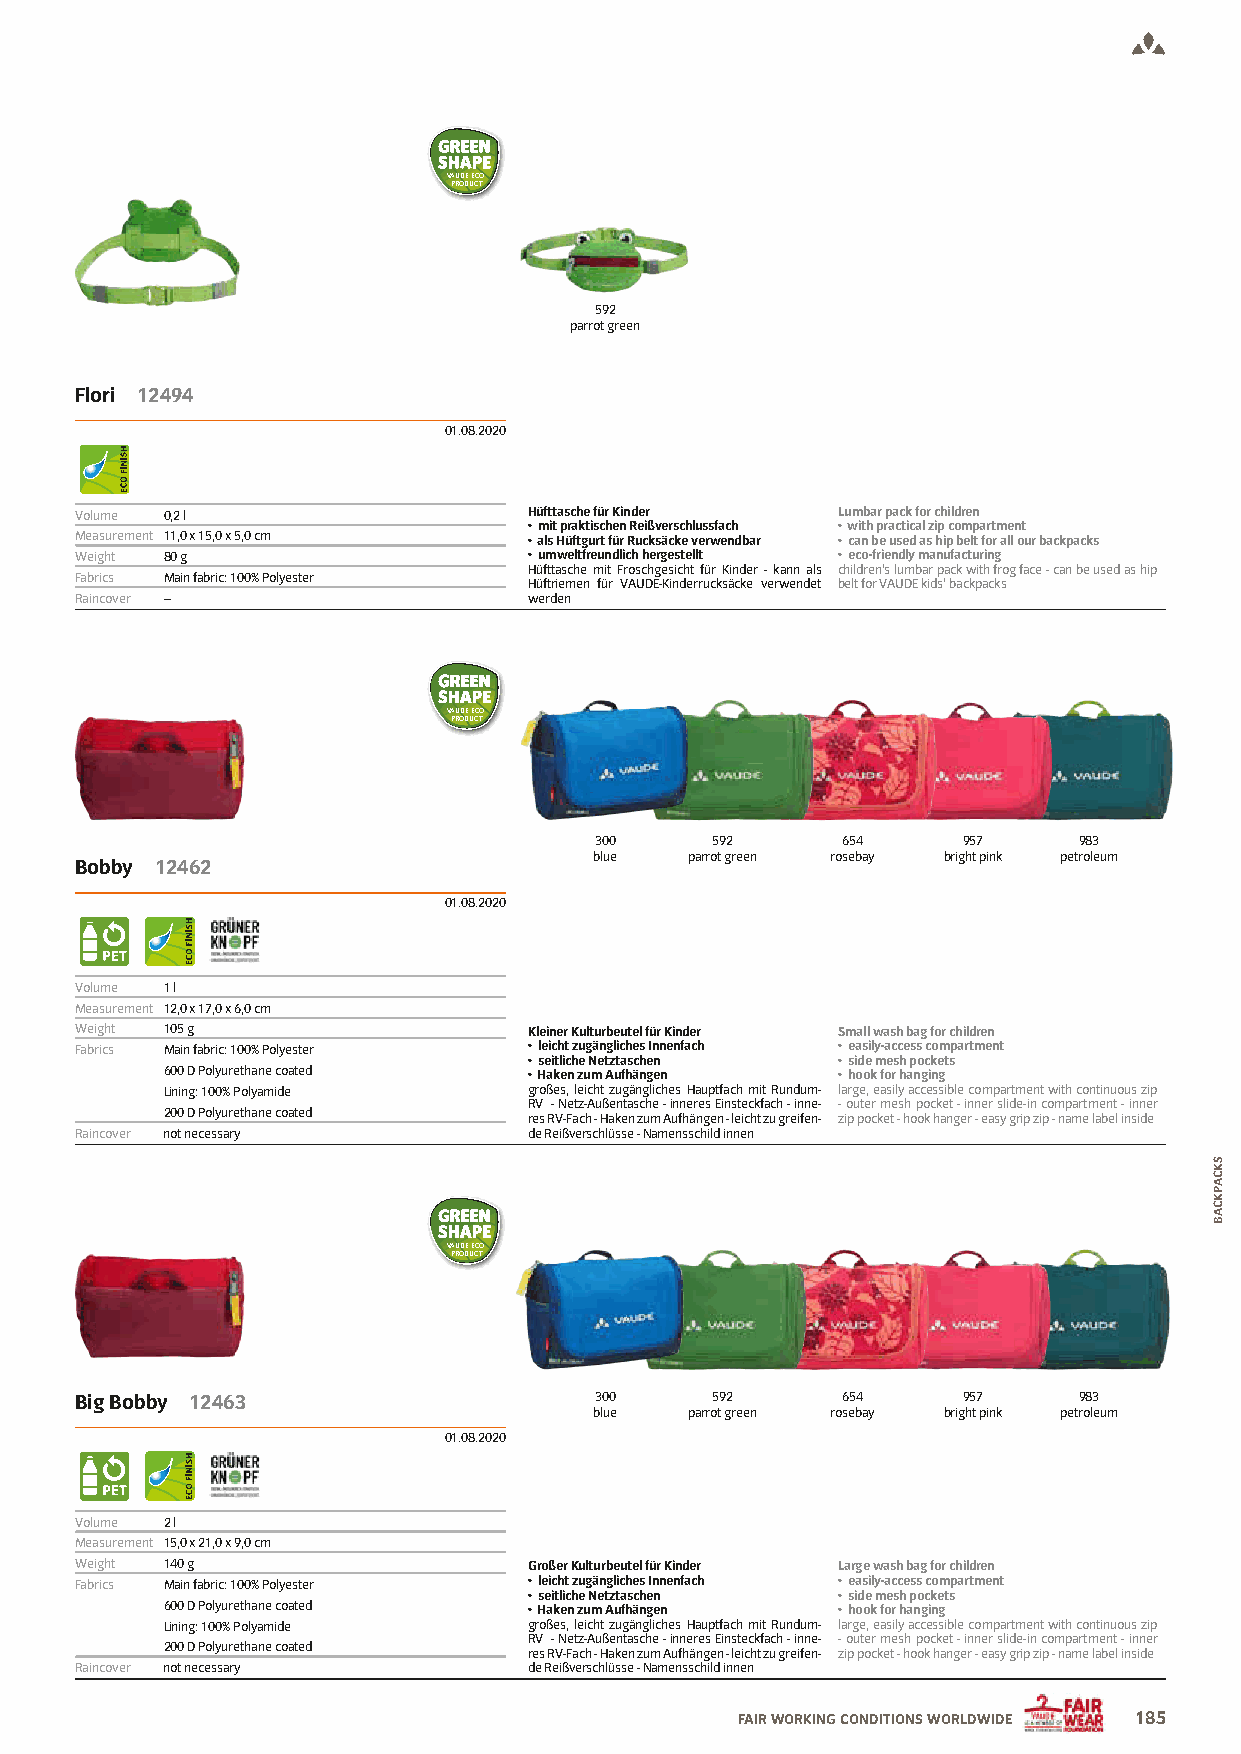
VAUDE ECO
 PRODUCT
 592
 parrot green
 Flori 12494
 01.08.2020
 Volume 0,2 l                  Hüfttasche für Kinder Lumbar pack for children
 • mit praktischen Reißverschlussfach • with practical zip compartment
 Measurement 11,0 x 15,0 x 5,0 cm • als Hüftgurt für Rucksäcke verwendbar • can be used as hip belt for all our backpacks
 Weight 80 g                   • umweltfreundlich hergestellt • eco-friendly manufacturing
 Hüfttasche mit Froschgesicht für Kinder - kann als children‘s lumbar pack with frog face - can be used as hip
 Fabrics Main fabric: 100% Polyester
 Hüftriemen für VAUDE-Kinderrucksäcke verwendet belt for VAUDE kids‘ backpacks
 Raincover –                   werden
 VAUDE ECO
 PRODUCT
 300     592      654     957    983
 blue   parrot green rosebay bright pink petroleum
 Bobby 12462
 01.08.2020
 Volume 1 l
 Measurement 12,0 x 17,0 x 6,0 cm
 Weight 105 g                  Kleiner Kulturbeutel für Kinder Small wash bag for children
 Fabrics Main fabric: 100% Polyester • leicht zugängliches Innenfach • easily-access compartment
 • seitliche Netztaschen • side mesh pockets
 600 D Polyurethane coated • Haken zum Aufhängen • hook for hanging
 Lining: 100% Polyamide  großes, leicht zugängliches Hauptfach mit Rundum- large, easily accessible compartment with continuous zip
 RV - Netz-Außentasche - inneres Einsteckfach - inne- - outer mesh pocket - inner slide-in compartment - inner
 200 D Polyurethane coated
 res RV-Fach - Haken zum Aufhängen - leicht zu greifen- zip pocket - hook hanger - easy grip zip - name label inside
 Raincover not necessary       de Reißverschlüsse - Namensschild innen
 VAUDE ECO
 PRODUCT
 Big Bobby 12463                   300     592      654     957    983
 blue   parrot green rosebay bright pink petroleum
 01.08.2020
 Volume 2 l
 Measurement 15,0 x 21,0 x 9,0 cm
 Weight 140 g                  Großer Kulturbeutel für Kinder Large wash bag for children
 Fabrics Main fabric: 100% Polyester • leicht zugängliches Innenfach • easily-access compartment
 • seitliche Netztaschen • side mesh pockets
 600 D Polyurethane coated • Haken zum Aufhängen • hook for hanging
 Lining: 100% Polyamide  großes, leicht zugängliches Hauptfach mit Rundum- large, easily accessible compartment with continuous zip
 RV - Netz-Außentasche - inneres Einsteckfach - inne- - outer mesh pocket - inner slide-in compartment - inner
 200 D Polyurethane coated
 res RV-Fach - Haken zum Aufhängen - leicht zu greifen- zip pocket - hook hanger - easy grip zip - name label inside
 Raincover not necessary       de Reißverschlüsse - Namensschild innen
 FAIR WORKING CONDITIONS WORLDWIDE 185
 SKCAPKCAB